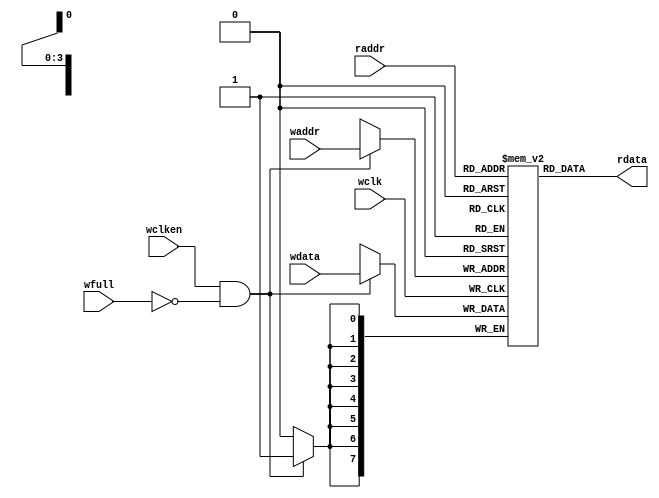
`timescale 1ns / 1ps
//////////////////////////////////////////////////////////////////////////////////
// Company: 
// Engineer: 
// 
// Design Name: 
// Module Name: fifomem
// Project Name: 
// Target Devices: 
// Tool Versions: 
// Description: 
// 
// Dependencies: 
// 
// Revision:
// Revision 0.01 - File Created
// Additional Comments:
// 
//////////////////////////////////////////////////////////////////////////////////


module fifomem  #( parameter DATASIZEl = 8,parameter ADDRSIZEl = 4)  //number of mem address bits
(
  input [ADDRSIZEl-1 : 0] waddr,raddr,
  input [DATASIZEl-1 : 0] wdata,
  input wclk,wclken,wfull,
  output [DATASIZEl-1 : 0] rdata
 );
 
 //RTL verilog memory model
 localparam DEPTH = 1<<ADDRSIZEl;
 reg [DATASIZEl-1 : 0] mem[DEPTH-1 : 0];
 
 assign rdata = mem[raddr];
 always@(posedge wclk)
   if(wclken && ~wfull) mem[waddr] = wdata;
    
endmodule